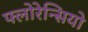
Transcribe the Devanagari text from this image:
फ्लोरेन्सियो